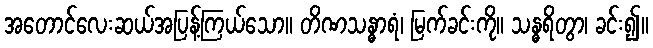
အတောင်လေးဆယ်အပြန့်ကြယ်သော။ တိဏသန္ဓာရံ၊ မြက်ခင်းကို။ သန္ဓရိတွာ၊ ခင်း၍။